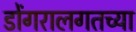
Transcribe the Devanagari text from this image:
डोंगरालगतच्या